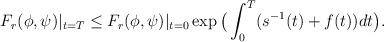
LaTeX: \begin{align*}F_r(\phi,\psi)|_{t=T}\leq F_r(\phi,\psi)|_{t=0}\exp\big(\int_0^T(s^{-1}(t)+f(t))dt\big).\end{align*}